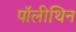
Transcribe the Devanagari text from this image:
पॉलीथिन